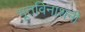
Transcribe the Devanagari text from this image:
भूतविनाशनी